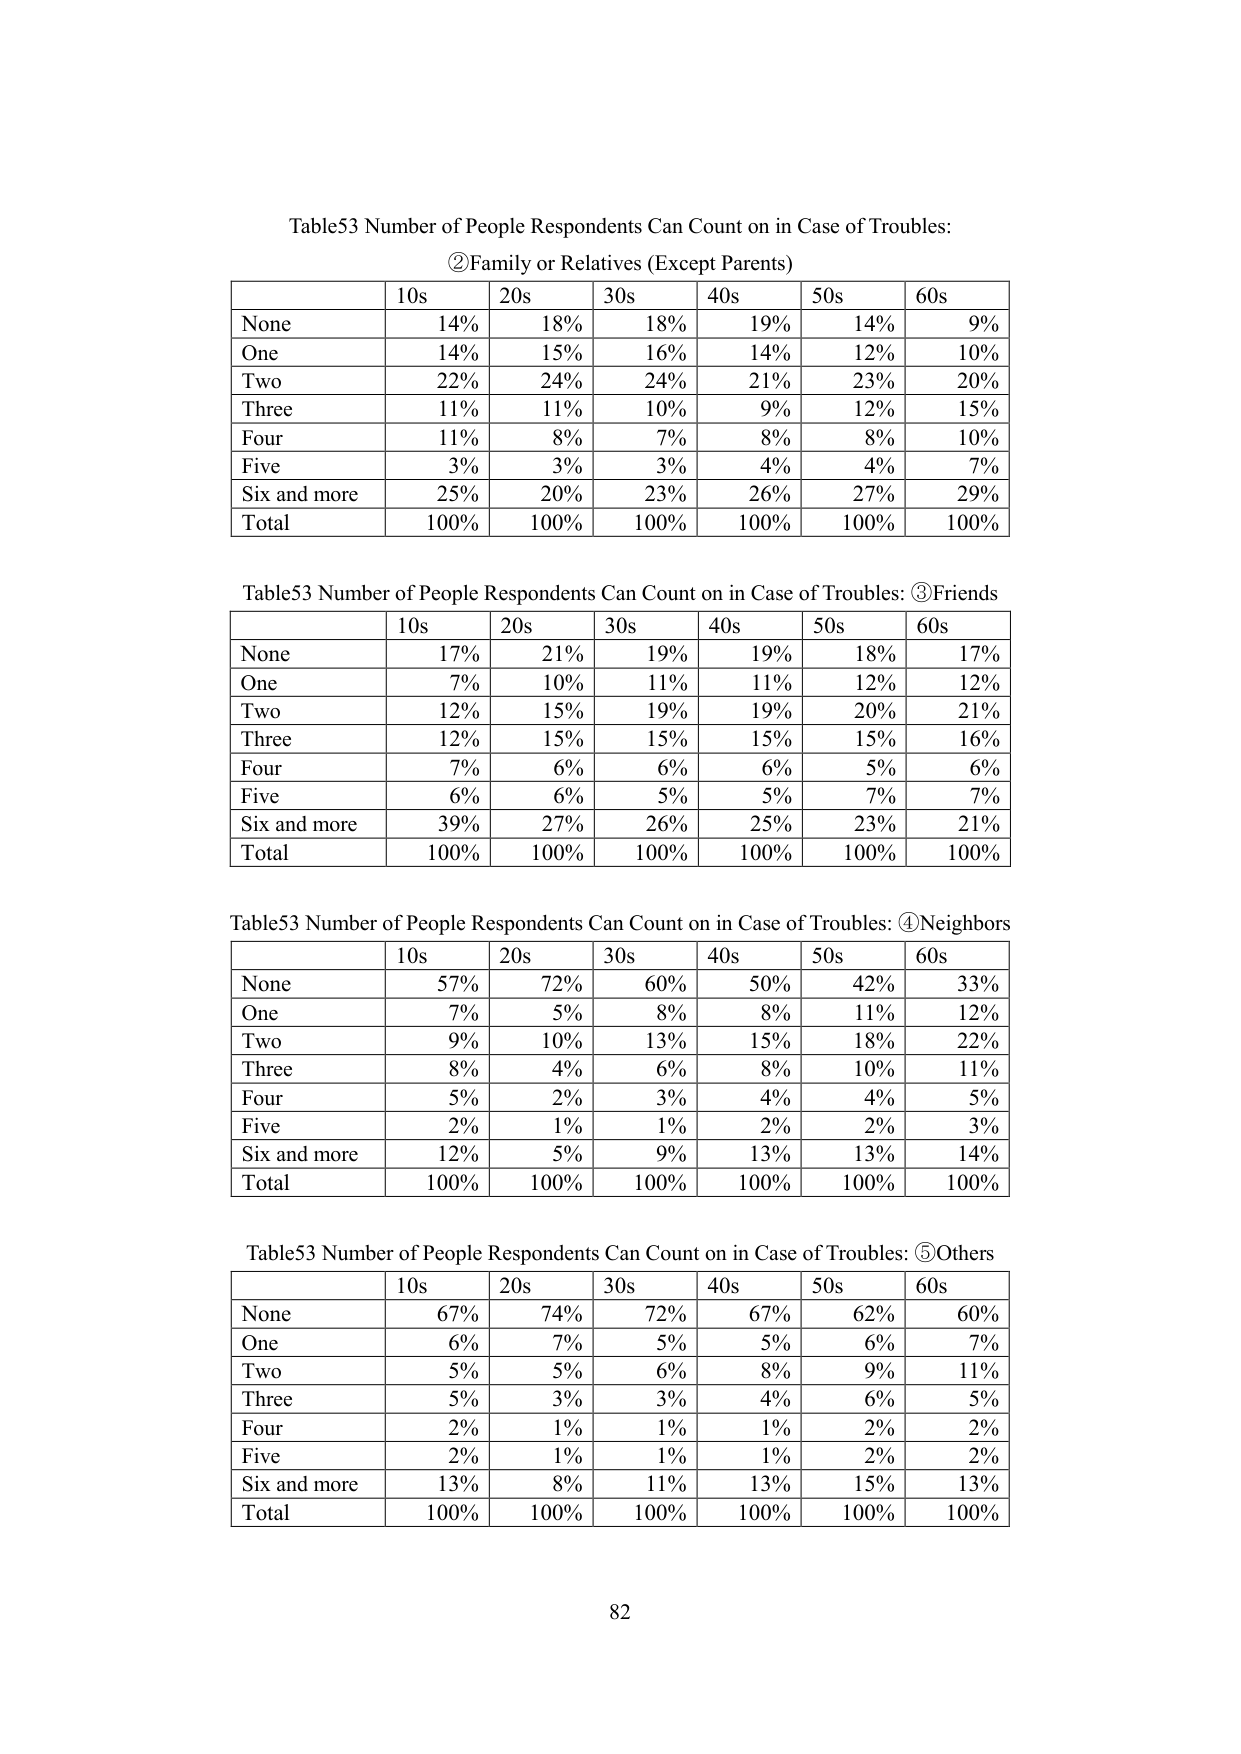
Table53 Number of People Respondents Can Count on in Case of Troubles:
②Family or Relatives (Except Parents)

| | 10s | 20s | 30s | 40s | 50s | 60s |
|---|-----|-----|-----|-----|-----|-----|
| None | 14% | 18% | 18% | 19% | 14% | 9% |
| One | 14% | 15% | 16% | 14% | 12% | 10% |
| Two | 22% | 24% | 24% | 21% | 23% | 20% |
| Three | 11% | 11% | 10% | 9% | 12% | 15% |
| Four | 11% | 8% | 7% | 8% | 8% | 10% |
| Five | 3% | 3% | 3% | 4% | 4% | 7% |
| Six and more | 25% | 20% | 23% | 26% | 27% | 29% |
| Total | 100% | 100% | 100% | 100% | 100% | 100% |

Table53 Number of People Respondents Can Count on in Case of Troubles: ③Friends

| | 10s | 20s | 30s | 40s | 50s | 60s |
|---|-----|-----|-----|-----|-----|-----|
| None | 17% | 21% | 19% | 19% | 18% | 17% |
| One | 7% | 10% | 11% | 11% | 12% | 12% |
| Two | 12% | 15% | 19% | 19% | 20% | 21% |
| Three | 12% | 15% | 15% | 15% | 15% | 16% |
| Four | 7% | 6% | 6% | 6% | 5% | 6% |
| Five | 6% | 6% | 5% | 5% | 7% | 7% |
| Six and more | 39% | 27% | 26% | 25% | 23% | 21% |
| Total | 100% | 100% | 100% | 100% | 100% | 100% |

Table53 Number of People Respondents Can Count on in Case of Troubles: ④Neighbors

| | 10s | 20s | 30s | 40s | 50s | 60s |
|---|-----|-----|-----|-----|-----|-----|
| None | 57% | 72% | 60% | 50% | 42% | 33% |
| One | 7% | 5% | 8% | 8% | 11% | 12% |
| Two | 9% | 10% | 13% | 15% | 18% | 22% |
| Three | 8% | 4% | 6% | 8% | 10% | 11% |
| Four | 5% | 2% | 3% | 4% | 4% | 5% |
| Five | 2% | 1% | 1% | 2% | 2% | 3% |
| Six and more | 12% | 5% | 9% | 13% | 13% | 14% |
| Total | 100% | 100% | 100% | 100% | 100% | 100% |

Table53 Number of People Respondents Can Count on in Case of Troubles: ⑤Others

| | 10s | 20s | 30s | 40s | 50s | 60s |
|---|-----|-----|-----|-----|-----|-----|
| None | 67% | 74% | 72% | 67% | 62% | 60% |
| One | 6% | 7% | 5% | 5% | 6% | 7% |
| Two | 5% | 5% | 6% | 8% | 9% | 11% |
| Three | 5% | 3% | 3% | 4% | 6% | 5% |
| Four | 2% | 1% | 1% | 1% | 2% | 2% |
| Five | 2% | 1% | 1% | 1% | 2% | 2% |
| Six and more | 13% | 8% | 11% | 13% | 15% | 13% |
| Total | 100% | 100% | 100% | 100% | 100% | 100% |

82